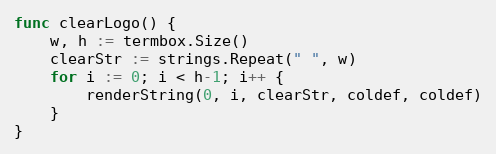
Language: Go
func clearLogo() {
	w, h := termbox.Size()
	clearStr := strings.Repeat(" ", w)
	for i := 0; i < h-1; i++ {
		renderString(0, i, clearStr, coldef, coldef)
	}
}